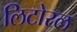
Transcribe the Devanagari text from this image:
लिटोरल